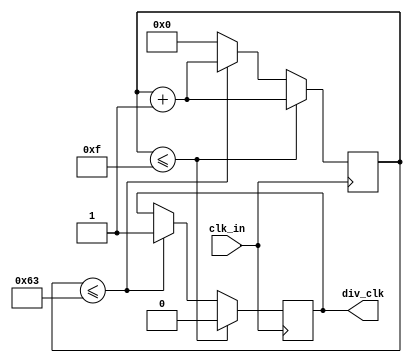
`timescale 1ns / 1ps
//////////////////////////////////////////////////////////////////////////////////
// Company: 
// Engineer: 
// 
// Design Name: 
// Module Name: clkDiv100
// Project Name: 
// Target Devices: 
// Tool Versions: 
// Description: 
// 
// Dependencies: 
// 
// Revision:
// Revision 0.01 - File Created
// Additional Comments:
// 
//////////////////////////////////////////////////////////////////////////////////


module clkDiv100(
        input clk_in,     
        output div_clk
        );
        reg clk_out;
        reg [6:0] count100;
        always @ (posedge clk_in) 
            begin
                if (count100 <= 7'd15)
                    begin
                    count100 <= count100 + 1;
                    clk_out <= 0;
                    end
                else if (count100 <= 7'd99)
                    begin
                    count100 <= count100 + 1;
                    clk_out <= 1;
                    end
                else
                    count100 <= 0;
            end    
        assign div_clk = clk_out;
endmodule